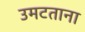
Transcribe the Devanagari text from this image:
उमटताना